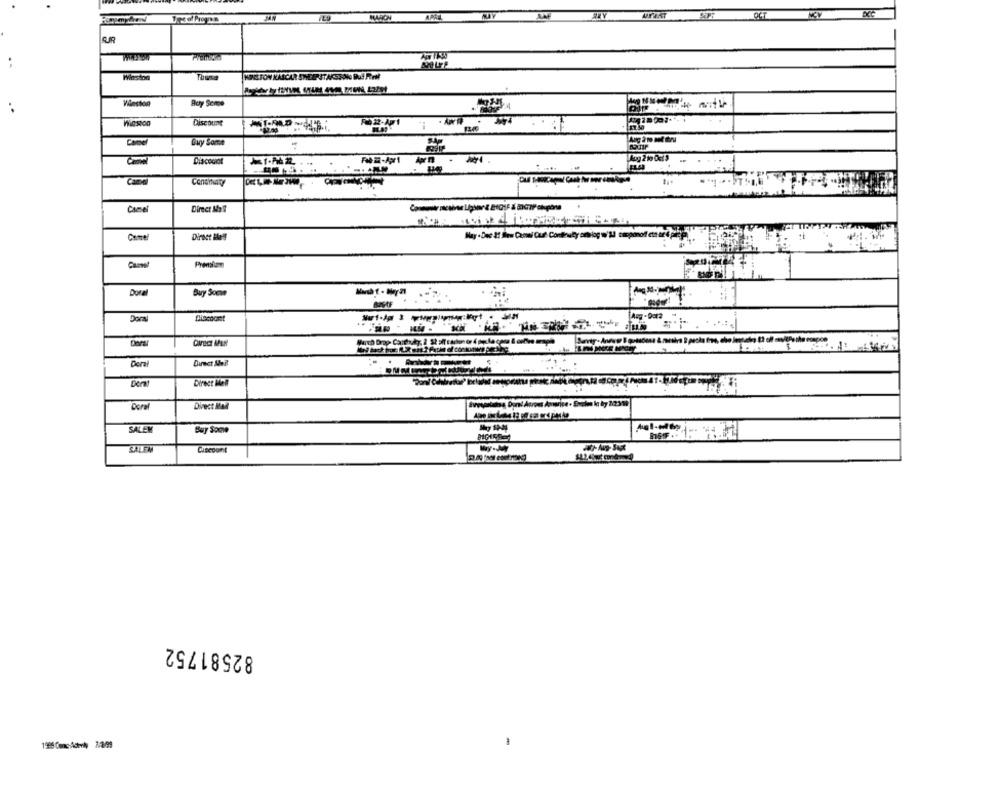
Toz of Propon
Waston
WINSTON KASCAR SHEEP STAKSSONG But FEHMI
Wieston
Buy Some
..
DisCOUDE
Guy Some
Diacocot
FOR-Apr1
-- -
Camel
Contrary
Camel
Direct 18 9
Direct Bles
Doval
Buy Soche
Aug - Dota
Dora
Dorel
Derai
Direct Aleil
Dera
Direct Mail
Dorel
Direct Mail
SATEM
Buy Somwe
SALEM
Wy.M
82581752
1900 Canc Ace-vi 7.2/99